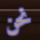
نحن